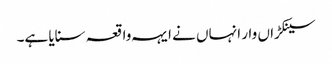
سینکڑاں وار انہاں نے ایہہ واقعہ سنایا ہے۔